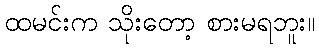
ထမင်းက သိုးတော့ စားမရဘူး။